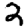
Digit: 2